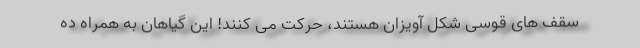
سقف های قوسی شکل آویزان هستند، حرکت می کنند! این گیاهان به همراه ده